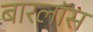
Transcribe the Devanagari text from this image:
बारलॉस